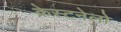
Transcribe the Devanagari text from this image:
क्रेस्टनेलो